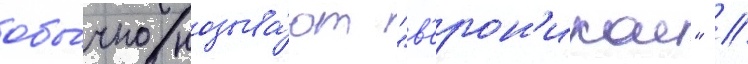
обы́чно называ́ют "в'ерон'икои" //